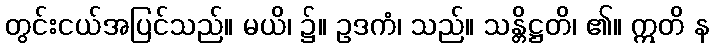
တွင်းငယ်အပြင်သည်။ မယိ၊ ၌။ ဥဒကံ၊ သည်။ သန္တိဋ္ဌတိ၊ ၏။ ဣတိ န